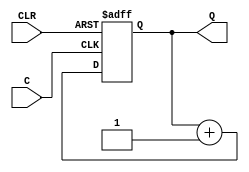
`timescale 1ns / 1ps

module signed_Up_asuncReset_counter(
    input C,
    input CLR,
    output signed [3:0] Q
    );
	 
	 reg signed [3:0] temp;
	 
	 always @ (posedge C or posedge CLR) begin
		if (CLR)
			temp <= 4'b0000;
		else
			temp <= temp + 1'b1;
	 end
	 
	 assign Q = temp;
	 
endmodule